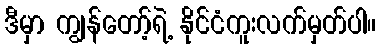
ဒီမှာ ကျွန်တော့်ရဲ့ နိုင်ငံကူးလက်မှတ်ပါ။